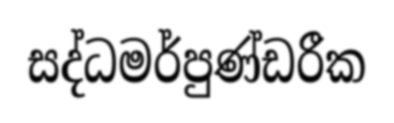
සද්ධමර්පුණ්ඩරීක